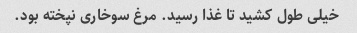
خیلی طول کشید تا غذا رسید. مرغ سوخاری نپخته بود.